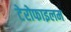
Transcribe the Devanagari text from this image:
टेरोफाइलम